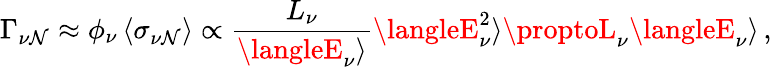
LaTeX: \Gamma_{\nu\mathcal{N}}\approx\phi_{\nu}\, \langle\sigma_{\nu\mathcal{N}}\rangle\propto{\frac{{L_{\nu}}}{{\langleE_{\nu}\rangle}}}\langleE_{\nu}^{2}\rangle\proptoL_{\nu}\langleE_{\nu}\rangle\, ,